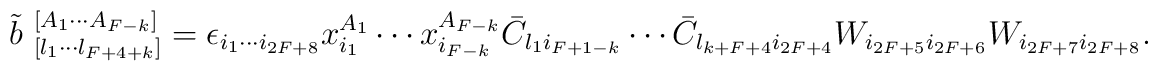
\tilde{b}^{~[A_1 \cdots A_{F-k}]}_{~[l_1 \cdots l_{F+4+k}]}=\epsilon_{i_1 \cdots i_{2F+8}}x_{i_1}^{A_1}\cdots x_{i_{F-k}}^{A_{F-k}}\bar{C}_{l_1i_{F+1-k}}\cdots \bar{C}_{l_{k+F+4}i_{2F+4}}W_{i_{2F+5}i_{2F+6}}W_{i_{2F+7}i_{2F+8}}.